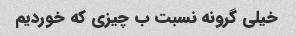
خیلی گرونه نسبت ب چیزی که خوردیم